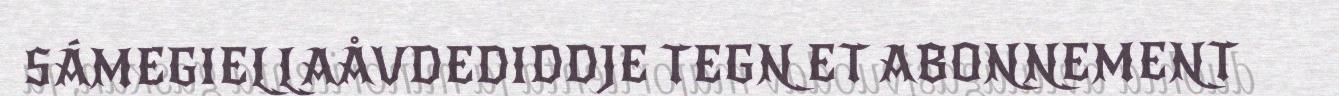
SÁMEGIELLAÅVDEDIDDJE TEGN ET ABONNEMENT